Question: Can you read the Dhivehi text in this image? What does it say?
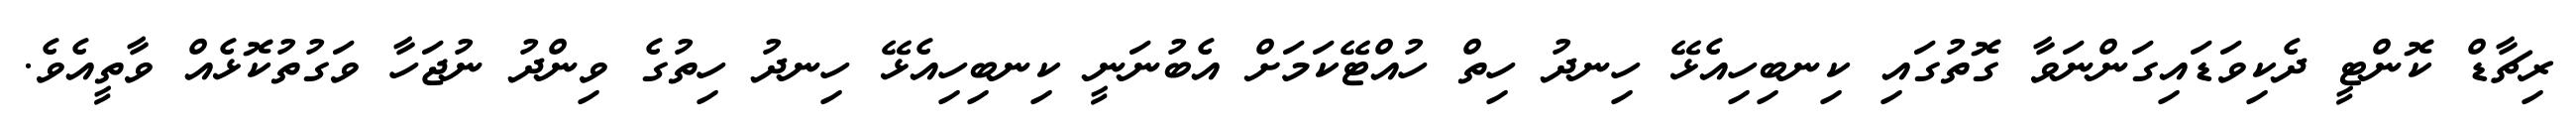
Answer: ރިޗާޑް ކޮންޓީ ދެކިވަޑައިގަންނަވާ ގޮތުގައި ކިނބިހިއެޅޭ ހިނދު ހިތް ހުއްޓޭކަމަށް އެބުނަނީ ކިނބިހިއެޅޭ ހިނދު ހިތުގެ ވިންދު ނުޖަހާ ވަގުތުކޮޅެއް ވާތީއެވެ.